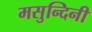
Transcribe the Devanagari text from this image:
मसुन्दिनी